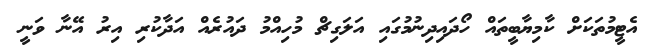
އެޓީމުތަކަށް ކާމިޔާބީތައް ހޯދައިދިނުމުގައި އަލަގިޗް މުހިއްމު ދައުރެއް އަދާކުރި އިރު އޭނާ ވަނީ